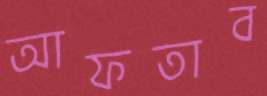
আফতাব